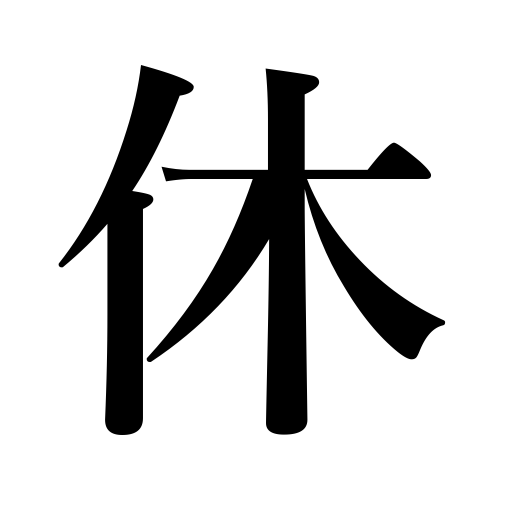
Meanings: give relief to,take a day off,rest oneself,set at ease,fallow land,have someone rest,rest,retire,be rested,repose,suspend,be absent,sleep,feel at ease,be relieved,let idle